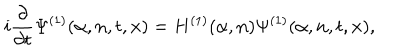
i \frac { \partial } { \partial { t } } { \Psi } ^ { ( 1 ) } ( \alpha , { \bf n } , t , { \bf x } ) = H ^ { ( 1 ) } ( \alpha , { \bf n } ) { \Psi } ^ { ( 1 ) } ( \alpha , { \bf n } , t , { \bf x } ) ,